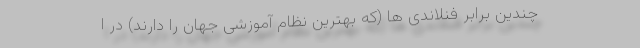
چندین برابر فنلاندی ها (که بهترین نظام آموزشی جهان را دارند) در ا